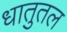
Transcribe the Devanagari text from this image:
धातुतल